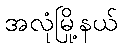
အလုံမြို့နယ်